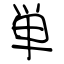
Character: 単